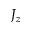
J _ { z }